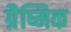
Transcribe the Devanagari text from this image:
ग्रैष्मिक